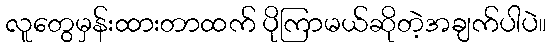
လူတွေမှန်းထားတာထက် ပိုကြာမယ်ဆိုတဲ့အချက်ပါပဲ။